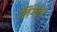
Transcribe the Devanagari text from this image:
लिंगतंत्र